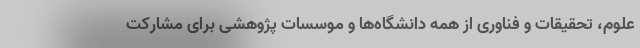
علوم، تحقیقات و فناوری از همه دانشگاه‌ها و موسسات پژوهشی برای مشارکت